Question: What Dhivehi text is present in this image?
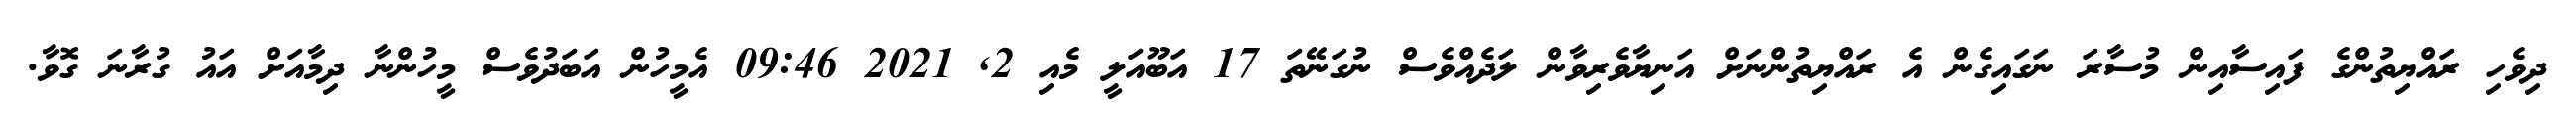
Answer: ދިވެހި ރައްޔިތުންގެ ފައިސާއިން މުސާރަ ނަގައިގެން އެ ރައްޔިތުންނަށް އަނިޔާވެރިވާން ލަދެއްވެސް ނުގަނޭތަ 17 އަބޫއަލީ މެއި 2, 2021 09:46 އެމީހުން އަބަދުވެސް މީހުންނާ ދިމާއަށް އައު ގުރާނަ ގޮވާ.